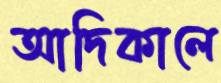
আদিকালে